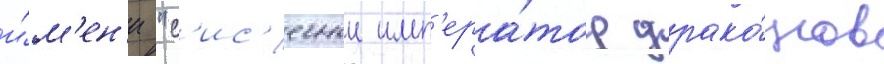
и́м'ен'и "с'ис'ечныи имп'ера́тор драко́нов